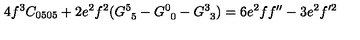
4 f ^ { 3 } C _ { 0 5 0 5 } + 2 e ^ { 2 } f ^ { 2 } ( G _ { \phantom { 5 } 5 } ^ { 5 } - G _ { \phantom { 0 } 0 } ^ { 0 } - G _ { \phantom { 3 } 3 } ^ { 3 } ) = 6 e ^ { 2 } f f ^ { \prime \prime } - 3 e ^ { 2 } f ^ { \prime 2 }